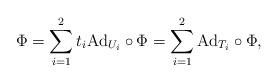
LaTeX: \begin{align*} \Phi=\sum_{i=1}^2 t_i\mathrm{Ad}_{U_i}\circ\Phi =\sum_{i=1}^2 \mathrm{Ad}_{T_i}\circ\Phi, \end{align*}